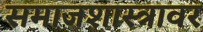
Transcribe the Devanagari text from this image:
समाजशास्त्रावर